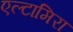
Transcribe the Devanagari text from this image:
एल्टामिरा